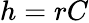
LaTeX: h=rC